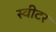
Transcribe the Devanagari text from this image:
स्वीटर